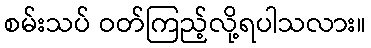
စမ်းသပ် ဝတ်ကြည့်လို့ရပါသလား။